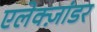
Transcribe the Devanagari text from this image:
एलेक्ज़ांडर